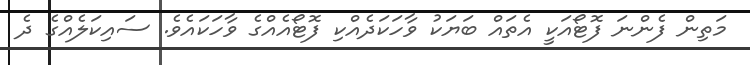
މަތިން ފެންނަ ފޮޓޯއަކީ އެތައް ބަޔަކު ވާހަކަދެއްކި ފޮޓޯއެއްގެ ވާހަކައެވެ. ސައިކަލެއްގެ ދެ